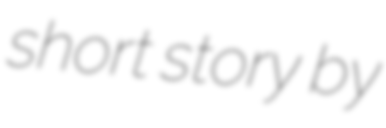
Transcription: short story by